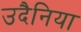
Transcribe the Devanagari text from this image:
उदैनिया